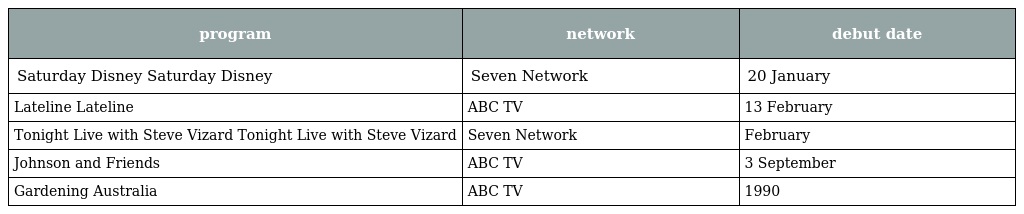
| program | network | debut date |
 | --- | --- | --- |
 | Saturday Disney Saturday Disney | Seven Network | 20 January |
 | Lateline Lateline | ABC TV | 13 February |
 | Tonight Live with Steve Vizard Tonight Live with Steve Vizard | Seven Network | February |
 | Johnson and Friends | ABC TV | 3 September |
 | Gardening Australia | ABC TV | 1990 |